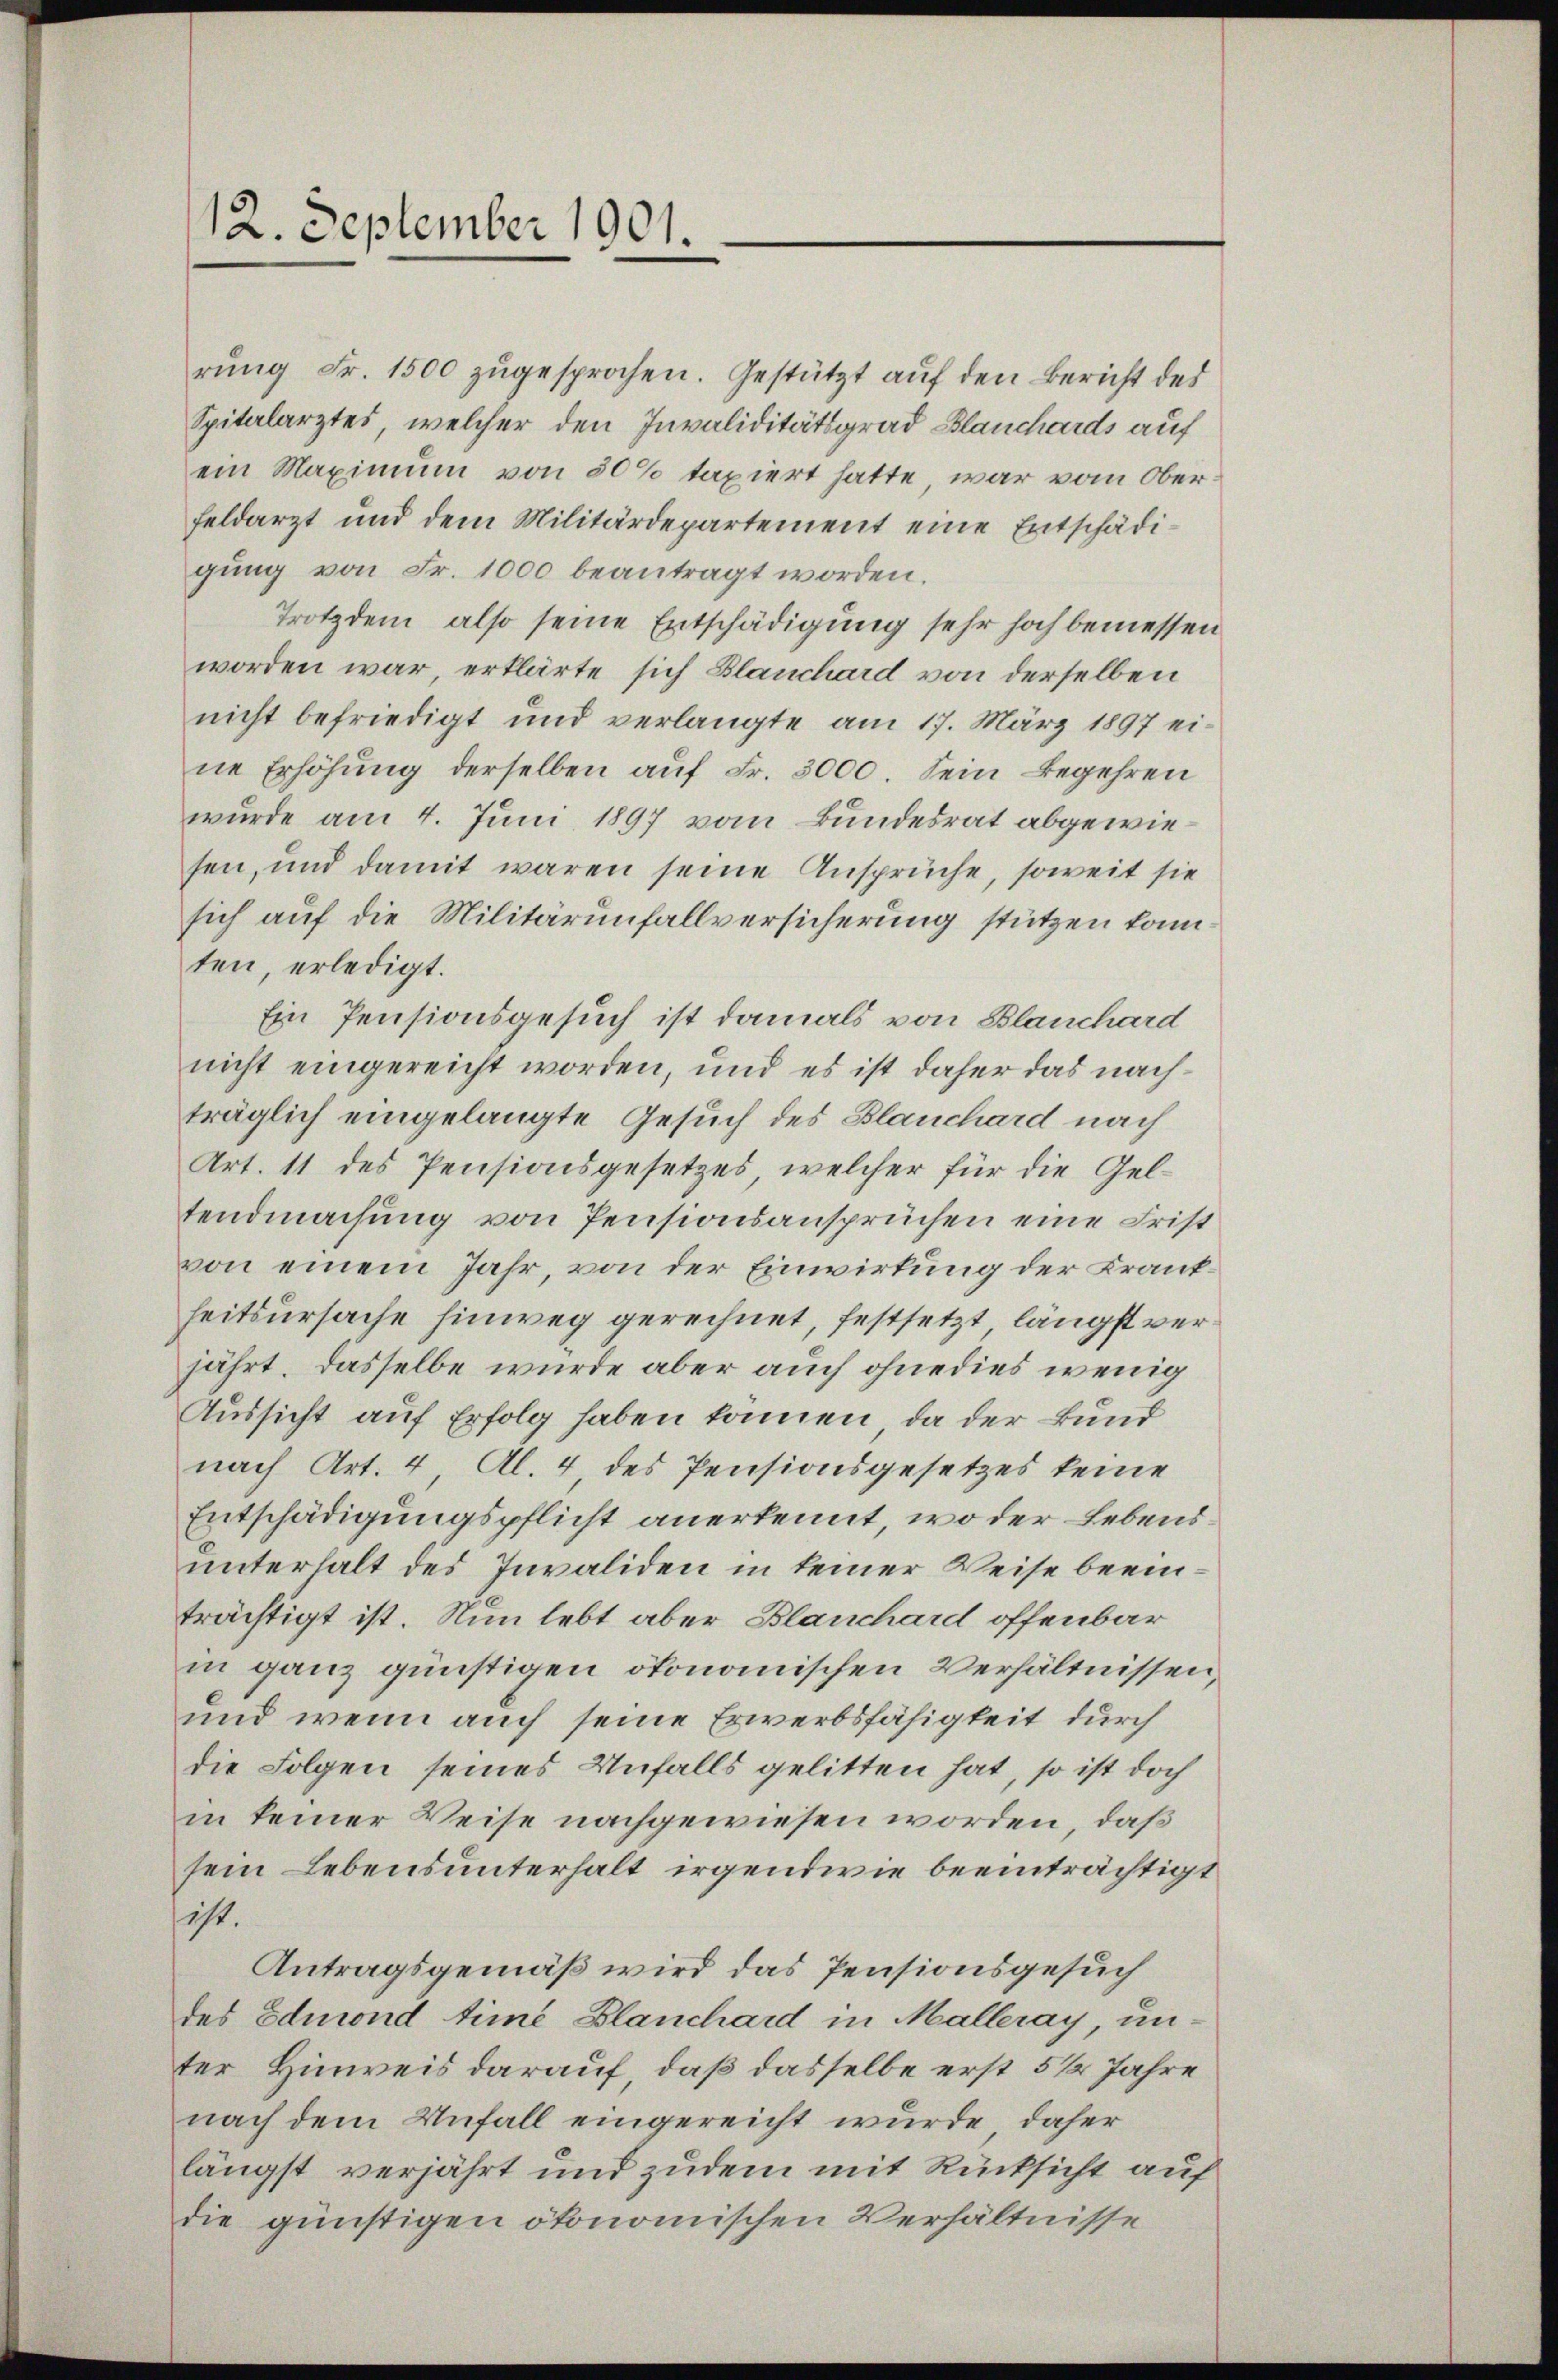
12. September 1901.

rŭng Fr. 1500 zŭgesprochen. Gestützt auf den Bericht des
Spitalarztes, welcher den Invaliditätsgrad Blanchards auf
ein Maximum von 50% taxiert hatte, war vom Ober
feldarzt und dem Militärdepartement eine Entschädigŭng von Fr. 1000 beantragt worden.
Trotzdem also seine Entschädigung sehr hoch bemessen
worden war, erklärte sich Blanchard von derselben
nicht befriedigt und verlangte am 17. März 1897 ei-
ne Erhöhung derselben auf Fr. 3000. Sein Begehren
wurde am 4. Juni 1897 vom Bundesrat abgewiesen, und damit waren seine Ansprüche, soweit sie
sich auf die Militärunfallversicherung stützen kann
ten, erledigt.
Ein Pensionsgesuch ist damals von Blauchard
nicht eingereicht worden, und es ist daher das nachträglich eingelangte Gesuch des Blauchard nach
Art. 11 des Pensionsgesetzes, welcher für die Geltendmachung von Pensionsansprüchen eine Frist
von einem Jahr, von der Einwirkung der Krankheitsursache hinweg gerechnet, festsetzt, längst verjährt. Dasselbe wurde aber auch ohnedies wenig
Aussicht auf Erfolg haben können, da der Bund
nach Art. 4 Al. 4, des Pensionsgesetzes keine
Entschädigungspflicht anerkennt, wo der Lebensunterhalt des Invaliden in keiner Weise beeinträchtigt ist. Nun lebt aber Blanchard offenbar
in ganz günstigen ökonomischen Verhältnissen,
und wenn auch seine Erwerbsfähigkeit durch
die Folgen seines Unfalls gelitten hat, so ist doch
in keiner Weise nachgewiesen worden, daß
sein Lebensunterhalt irgendwie beeinträchtigt
ist.
Antragsgemäß wird das Pensionsgesuch
des Edmond time Blanchard in Malleray, unter Hinweis darauf, daß dasselbe erst 5 1/2 Jahre
nach dem Unfall eingereicht wurde, daher
längst verjährt und zudem mit Rücksicht auf
die günstigen ökonomischen Verhältnisse